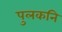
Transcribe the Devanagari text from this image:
पुलकनि